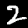
Digit: 2